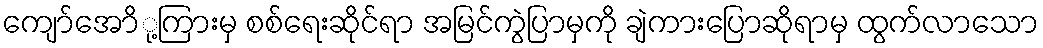
ကျော်အောို့ကြားမှ စစ်ရေးဆိုင်ရာ အမြင်ကွဲပြာမှကို ချဲကားပြောဆိုရာမှ ထွက်လာသော